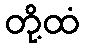
တို့ထံ